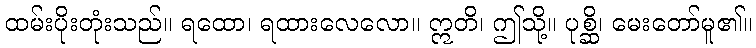
ထမ်းပိုးတုံးသည်။ ရထော၊ ရထားလေလော။ ဣတိ၊ ဤသို့။ ပုစ္ဆိ၊ မေးတော်မူ၏။